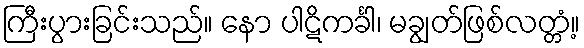
ကြီးပွားခြင်းသည်။ နော ပါဋိကင်္ခါ၊ မချွတ်ဖြစ်လတ္တံ့။